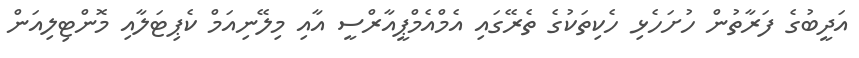
އަދީބުގެ ފަރާތުން ހުށަހެޅި ހެކިތަކުގެ ތެރޭގައި އެމްއެމްޕީއާރްސީ އާއި މިލޭނިއަމް ކެޕިޓަލާއި މޮންޓިލިއަން